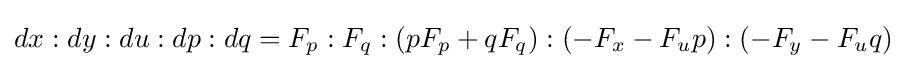
dx:dy:du:dp:dq=F_{p}:F_{q}:(pF_{p}+qF_{q}):(-F_{x}-F_{u}p):(-F_{y}-F_{u}q)